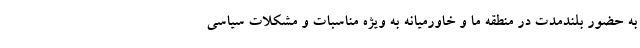
به حضور بلندمدت در منطقه ما و خاورمیانه به ویژه مناسبات و مشکلات سیاسی